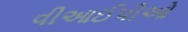
વીઆઈપીઓ